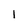
Character: l